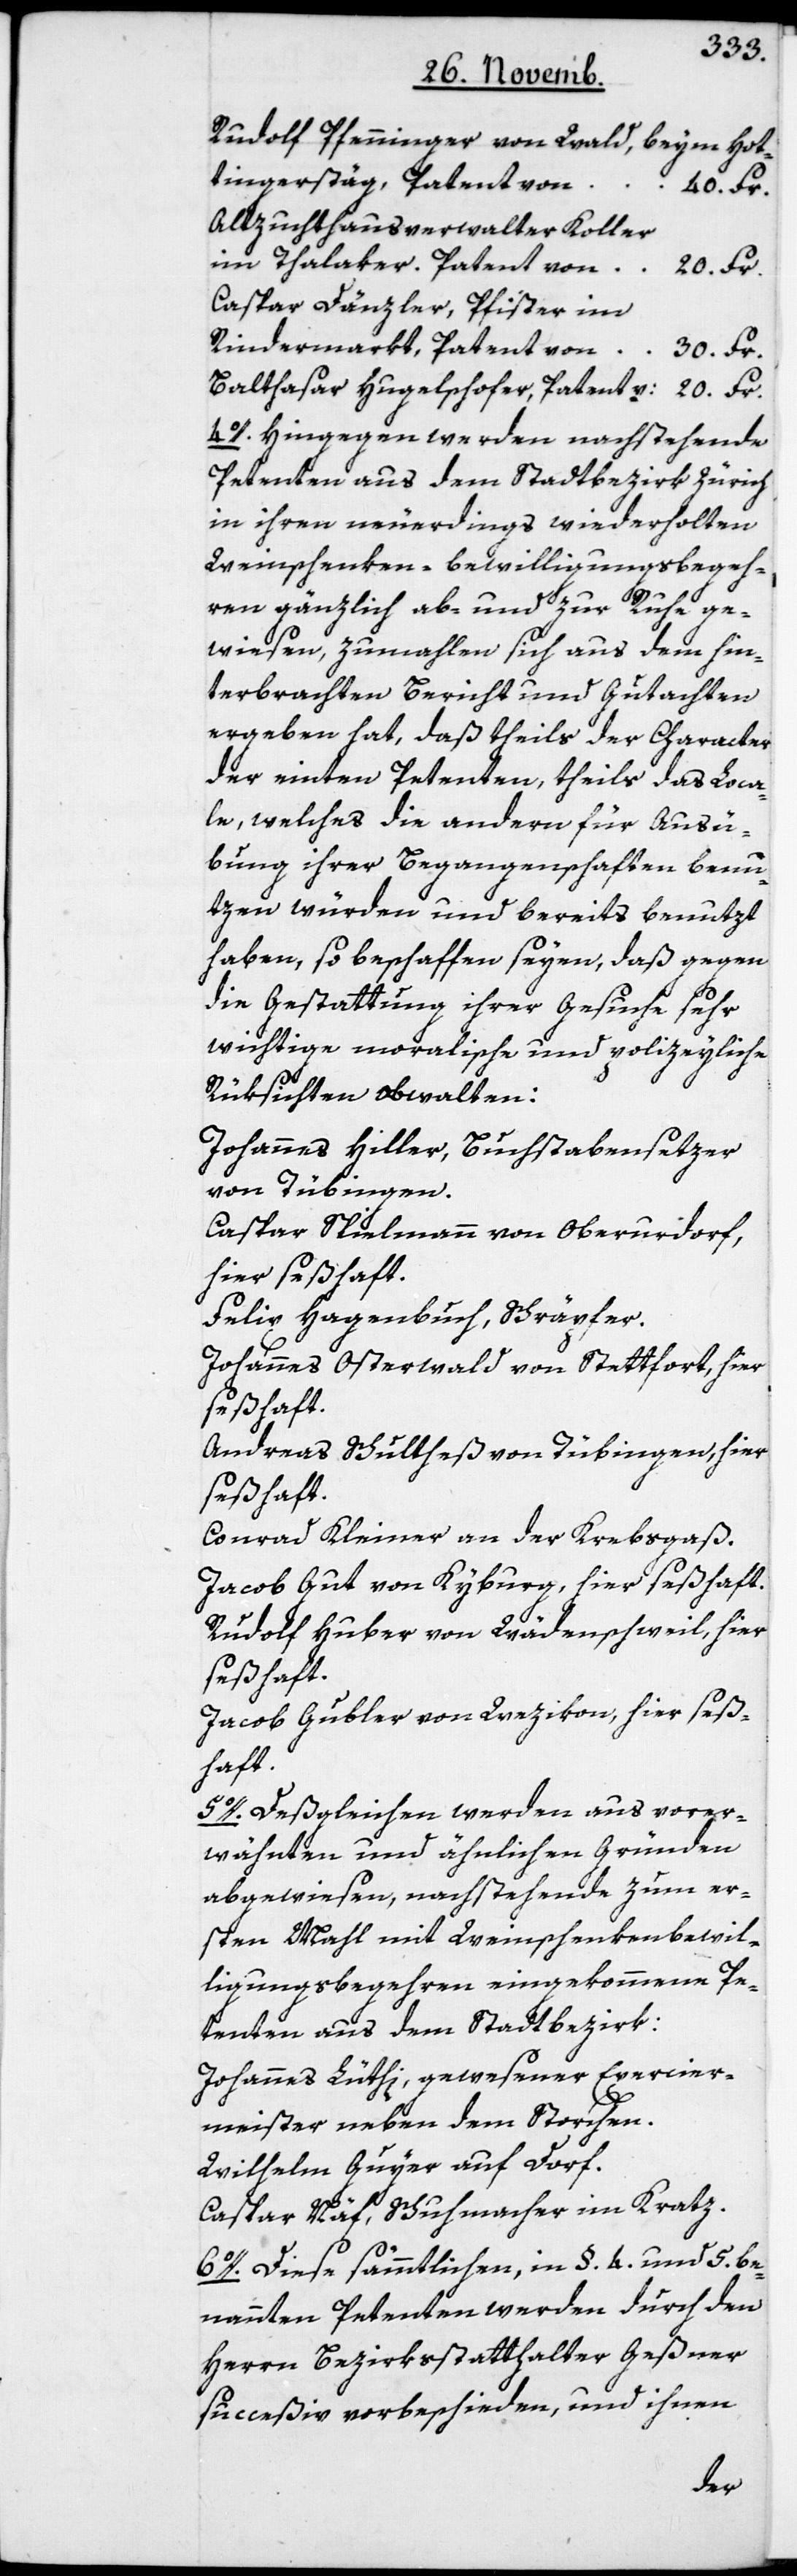
Rudolf Pfenninger von Wald, beym Hotti¬
40. Fr.
Altzuchthausverwalter Koller
20. Fr.
Caspar Dänzler, Pfister im
30. Fr.
4o. Hingegen werden nachstehende
Petenten aus dem Stadtbezirk Zürich
in ihren neuerdings wiederholten
Weinschenken-bewilligungsbegeh¬
ren gänzlich ab- und zur Ruhe ge¬
wiesen, zumahlen sich aus dem hin¬
terbrachten Bericht und Gutachten
ergeben hat, daß theils der Character
der einten Petenten, theils das Loca¬
le, welches die andern für Ausü¬
bung ihrer Begangenschaften benu¬
tzen würden und bereits benutzt
haben, so beschaffen seyen, daß gegen
die Gestattung ihrer Gesuche sehr
wichtige moralische und polizeyliche
Rüksichten obwalten:
Johannes Hiller, Buchstabensetzer
von Tübingen.
Caspar Spielmann von Oberurdorf,
hier seßhaft.
Felix Hagenbuch, Schräpfer.
Johannes Osterwald von Stettfurt, hier
seßhaft.
Andreas Schultheß von Tübingen, hier
seßhaft.
Conrad Kleiner an der Krebsgaß.
Jacob Gut von Kyburg, hier seßhaft.
Rudolf Huber von Wädenschweil, hier
seßhaft;
Jacob Gubler von Wetzikon, hier seß¬
haft.
5. Deßgleichen werden aus vorer¬
wähnten und ähnlichen Gründen
abgewiesen, nachstehende zum er¬
sten Mahl mit Weinschenkenbewil¬
ligungsbegehren eingekommene Pe¬
tenten aus dem Stadtbezirk:
Johannes Lüthi, gewesener Exercier¬
meister, neben dem Storchen.
Wilhelm Guyer auf Dorf.
Caspar Näf, Schuhmacher im Kratz.
6o. Diese sämmtlichen, in §. 4. und 5. be¬
nannten Petenten werden durch den
Herrn Bezirksstatthalter Geßner
succeßiv vorbeschieden, und ihnen
stäg,